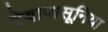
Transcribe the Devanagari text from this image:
देवापासूनिया